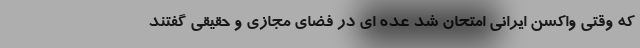
که وقتی واکسن ایرانی امتحان شد عده ای در فضای مجازی و حقیقی گفتند